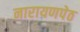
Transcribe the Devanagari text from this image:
नारायणपेठ